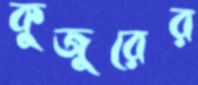
কুজুরের